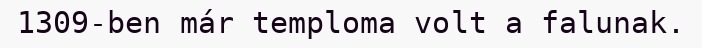
1309-ben már temploma volt a falunak.